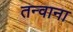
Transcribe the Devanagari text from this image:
तन्वाना